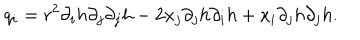
q _ { i } = r ^ { 2 } \partial _ { i } h \partial _ { j } \partial _ { j } h - 2 x _ { j } \partial _ { j } h \partial _ { i } h + x _ { i } \partial _ { j } h \partial _ { j } h .